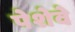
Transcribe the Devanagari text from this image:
पेशेवे